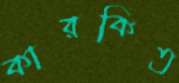
কারকিত